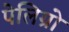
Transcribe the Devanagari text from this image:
पेलिग्रो